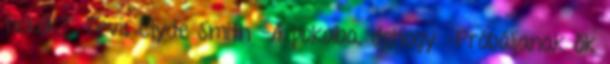
fickók?" Tevis Clyde Smith -A pokolba, dehogy -Próbáljanak ők